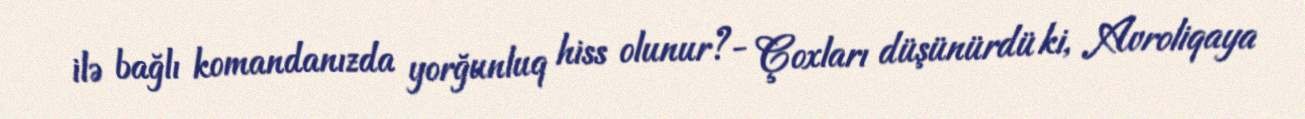
ilə bağlı komandanızda yorğunluq hiss olunur?- Çoxları düşünürdü ki, Avroliqaya